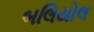
બલિયોલ